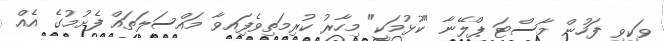
ވަކިވި ފަހުން މާސްޓަ ޕްލޭނާ "ކުޅުމަކީ" މިހާރު ކުރިމަތިވެފަިއވާ މައްސަލަތައް ފެށުމުގެ އެއް